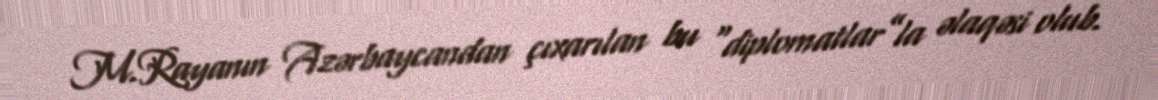
M.Rayanın Azərbaycandan çıxarılan bu “diplomatlar”la əlaqəsi olub.